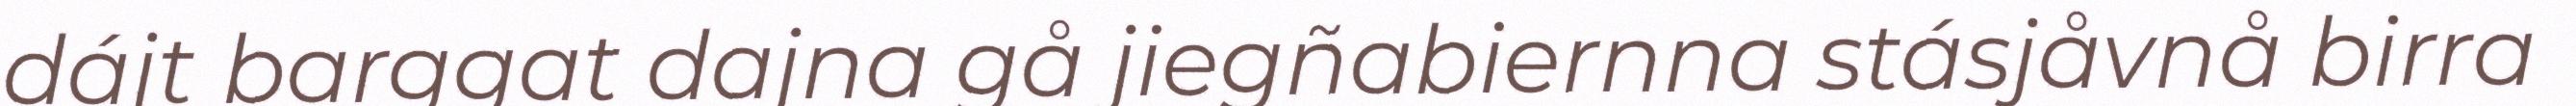
dájt barggat dajna gå jiegñabiernna stásjåvnå birra